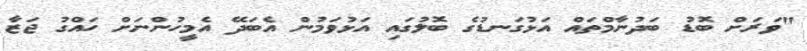
"ވަރަށް ބޮޑު ބަދުނާމްތައް އަޅުގަނޑުގެ ބޮލުގައި އަޅުވަމުން އެބަދޭ އެމީހުންނަށް ހައްގު ޖަޒާ